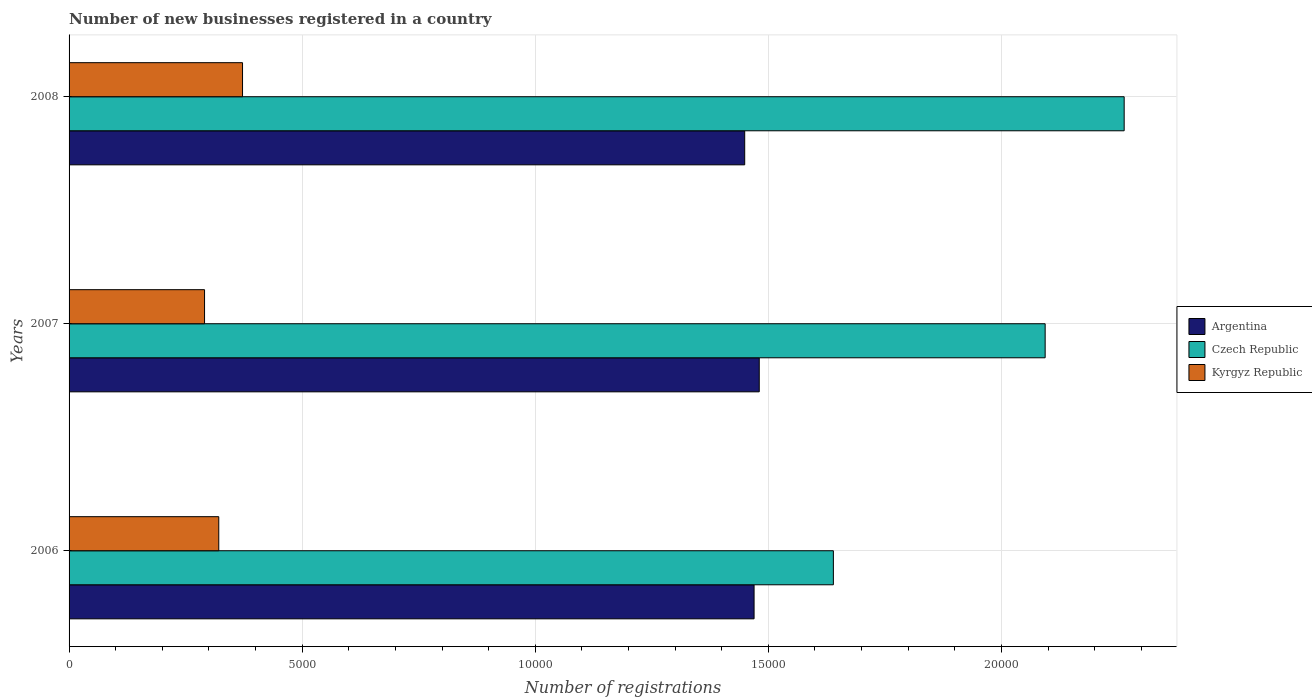
| Years | Argentina | Czech Republic | Kyrgyz Republic |
 | --- | --- | --- | --- |
 | 2006 | 1.47e+04 | 1.64e+04 | 3.21e+03 |
 | 2007 | 1.48e+04 | 2.09e+04 | 2.91e+03 |
 | 2008 | 1.45e+04 | 2.26e+04 | 3.72e+03 |